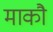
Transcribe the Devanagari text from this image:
माकौ